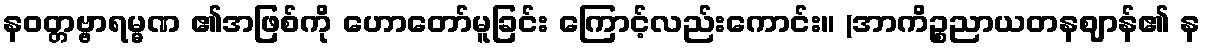
နဝတ္တဗ္ဗာရမ္မဏ ၏အဖြစ်ကို ဟောတော်မူခြင်း ကြောင့်လည်းကောင်း။ (အာကိဉ္စညာယတနဈာန်၏ န